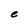
Character: e